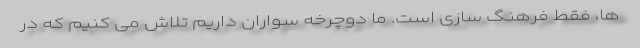
ها، فقط فرهنگ سازی است. ما دوچرخه سواران داریم تلاش می کنیم که در